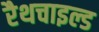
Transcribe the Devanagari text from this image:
रैथचाइल्ड